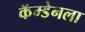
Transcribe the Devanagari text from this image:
कॅम्डेनला